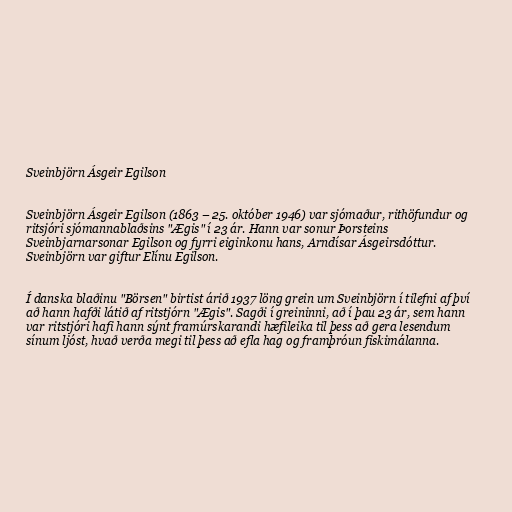
Sveinbjörn Ásgeir Egilson

Sveinbjörn Ásgeir Egilson (1863 – 25. október 1946) var sjómaður, rithöfundur og
ritsjóri sjómannablaðsins "Ægis" í 23 ár. Hann var sonur Þorsteins
Sveinbjarnarsonar Egilson og fyrri eiginkonu hans, Arndísar Ásgeirsdóttur.
Sveinbjörn var giftur Elínu Egilson.

Í danska blaðinu "Börsen" birtist árið 1937 löng grein um Sveinbjörn í tilefni af því
að hann hafði látið af ritstjórn "Ægis". Sagði í greininni, að í þau 23 ár, sem hann
var ritstjóri hafi hann sýnt framúrskarandi hæfileika til þess að gera lesendum
sínum ljóst, hvað verða megi til þess að efla hag og framþróun fiskimálanna.